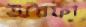
উয়ৈফা